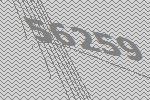
56259